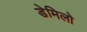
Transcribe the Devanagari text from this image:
डेमिलो